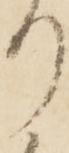
り